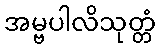
အမ္ဗပါလိသုတ္တံ